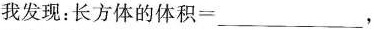
我发现：长方体的体积= ___ ，